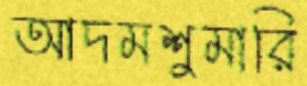
আদমশুমারি